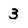
Character: 3